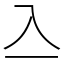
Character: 𠓛